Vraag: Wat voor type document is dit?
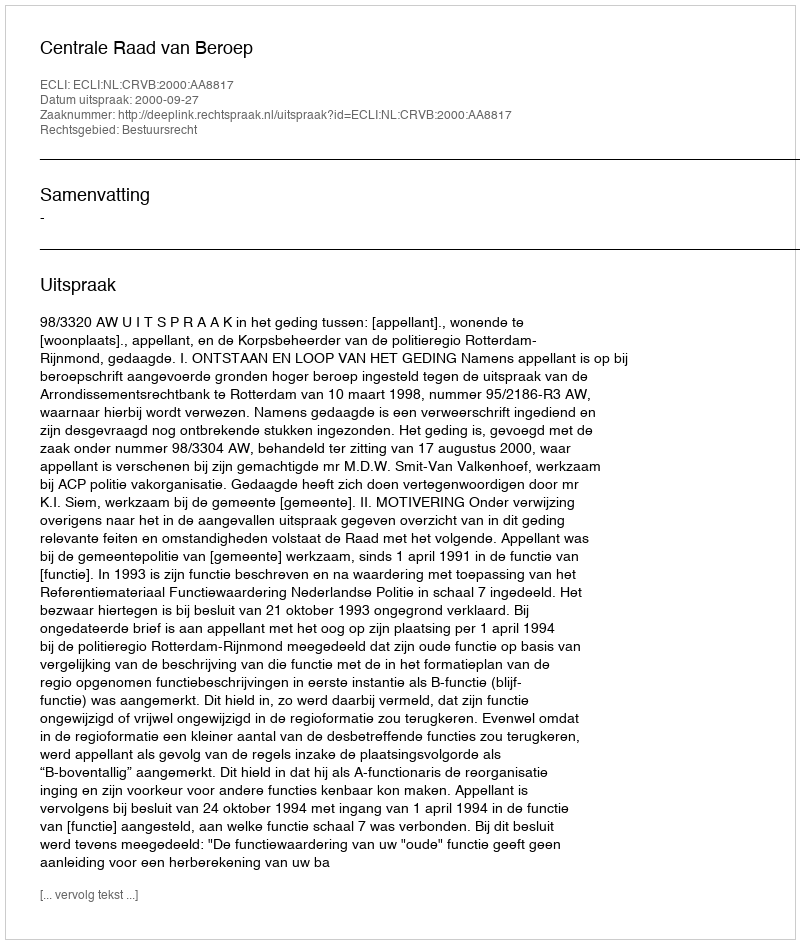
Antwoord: Uitspraak